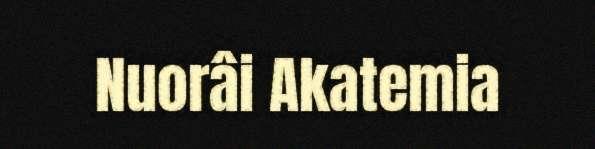
Nuorâi Akatemia